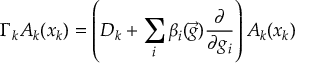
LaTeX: \Gamma _ { k } A _ { k } ( x _ { k } ) = \left( D _ { k } + \sum _ { i } \beta _ { i } ( \vec { g } ) \frac { \partial } { \partial g _ { i } } \right) A _ { k } ( x _ { k } )